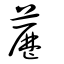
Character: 藶